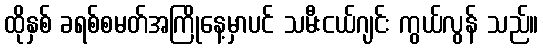
ထိုနှစ် ခရစ်စမတ်အကြိုနေ့မှာပင် သမီးငယ်ဂျင်း ကွယ်လွန် သည်။